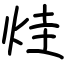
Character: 烓